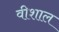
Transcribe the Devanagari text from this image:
वीशाल